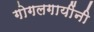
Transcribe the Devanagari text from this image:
गोगलगायींनी